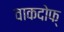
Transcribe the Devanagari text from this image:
वाकदोफ्